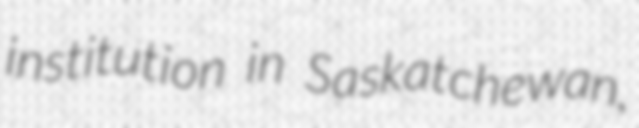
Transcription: institution in Saskatchewan,